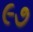
૯૭